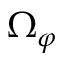
\Omega _ { \varphi }